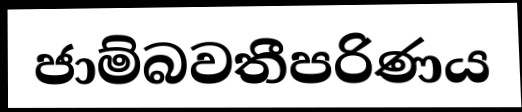
ජාම්බවතීපරිණය